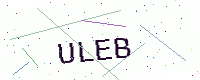
Text: ULEB